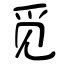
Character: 觅